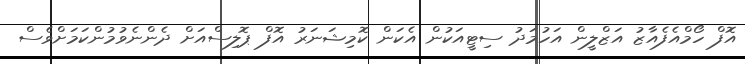
އޮފް ހޯމްއެފެއާޒު އަޒްލީން އަހުމަދު ސިޓީއަކުން އެކަން ކޮމިޝަނަރު އޮފް ޕޮލިސްއަށް ދެންނެވުމުންކަމަށްވެސް